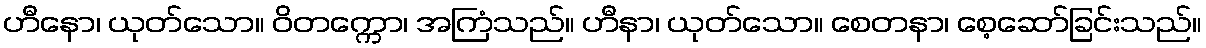
ဟီနော၊ ယုတ်သော။ ဝိတက္ကော၊ အကြံသည်။ ဟီနာ၊ ယုတ်သော။ စေတနာ၊ စေ့ဆော်ခြင်းသည်။